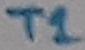
Text: T1